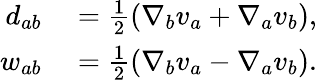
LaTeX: \begin{array}{rl}{{d}_{ab}}&{{}=\frac{1}{2}\left(\nabla_{b}{v}_{a}+\nabla_{a}{v}_{b}\right),}\\ {{w}_{ab}}&{{}=\frac{1}{2}\left(\nabla_{b}{v}_{a}-\nabla_{a}{v}_{b}\right).}\end{array}